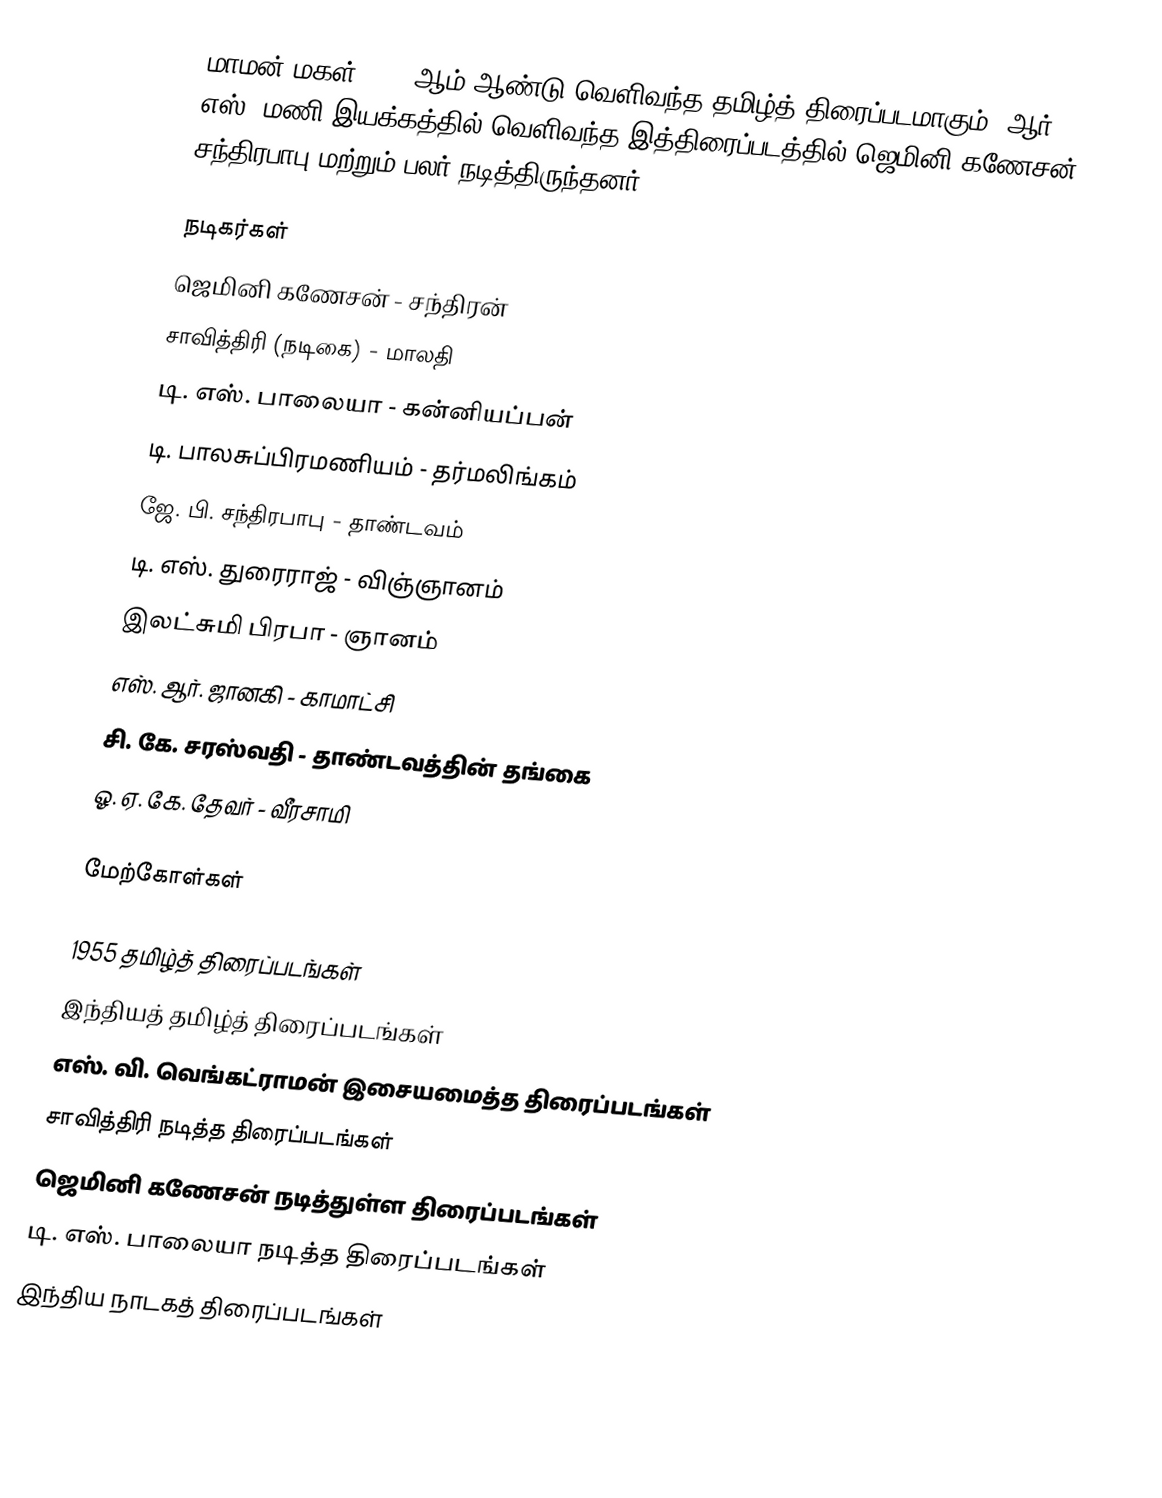
மாமன் மகள் 1955 ஆம் ஆண்டு வெளிவந்த தமிழ்த் திரைப்படமாகும். ஆர். எஸ். மணி இயக்கத்தில் வெளிவந்த இத்திரைப்படத்தில் ஜெமினி கணேசன், சந்திரபாபு மற்றும் பலர் நடித்திருந்தனர்.

நடிகர்கள்
 ஜெமினி கணேசன் - சந்திரன்
 சாவித்திரி (நடிகை) - மாலதி
 டி. எஸ். பாலையா - கன்னியப்பன்
 டி. பாலசுப்பிரமணியம் - தர்மலிங்கம்
 ஜே. பி. சந்திரபாபு - தாண்டவம்
 டி. எஸ். துரைராஜ் - விஞ்ஞானம்
 இலட்சுமி பிரபா - ஞானம்
 எஸ். ஆர். ஜானகி - காமாட்சி
 சி. கே. சரஸ்வதி - தாண்டவத்தின் தங்கை
 ஓ. ஏ. கே. தேவர் - வீரசாமி

மேற்கோள்கள்

1955 தமிழ்த் திரைப்படங்கள்
இந்தியத் தமிழ்த் திரைப்படங்கள்
எஸ். வி. வெங்கட்ராமன் இசையமைத்த திரைப்படங்கள்
சாவித்திரி நடித்த திரைப்படங்கள்
ஜெமினி கணேசன் நடித்துள்ள திரைப்படங்கள்
டி. எஸ். பாலையா நடித்த திரைப்படங்கள்
இந்திய நாடகத் திரைப்படங்கள்